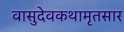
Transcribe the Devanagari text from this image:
वासुदेवकथामृतसार